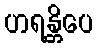
ဟရန္တိပေ